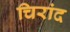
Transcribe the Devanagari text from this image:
चिरांद